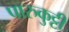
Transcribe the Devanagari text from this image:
पारुकुट्टी